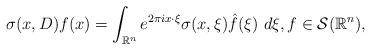
LaTeX: \begin{align*}\sigma(x,D)f(x)=\int_{\mathbb{R}^n} e^{2\pi ix\cdot\xi}\sigma(x,\xi)\hat{f}(\xi)\ d\xi,f\in \mathcal{S}(\mathbb{R}^{n}),\end{align*}